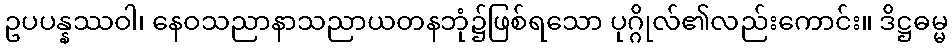
ဥပပန္နဿဝါ၊ နေဝသညာနာသညာယတနဘုံ၌ဖြစ်ရသော ပုဂ္ဂိုလ်၏လည်းကောင်း။ ဒိဋ္ဌဓမ္မ